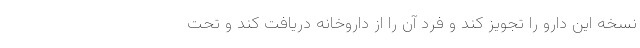
نسخه این دارو را تجویز کند و فرد آن را از داروخانه دریافت کند و تحت